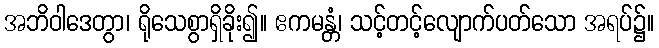
အဘိဝါဒေတွာ၊ ရိုသေစွာရှိခိုး၍။ ဧကမန္တံ၊ သင့်တင့်လျောက်ပတ်သော အရပ်၌။